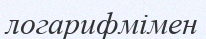
логарифмімен